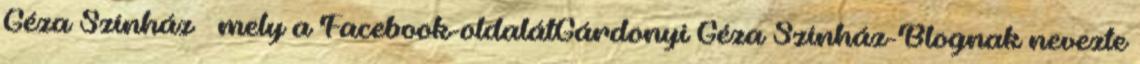
Géza Színház — mely a Facebook-oldalátGárdonyi Géza Színház-Blognak nevezte